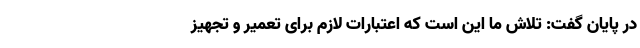
در پایان گفت: تلاش ما این است که اعتبارات لازم برای تعمیر و تجهیز